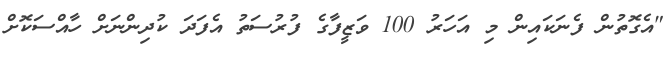
"އެގޮތުން ފެނަކައިން މި އަހަރު 100 ވަޒީފާގެ ފުރުސަތު އެފަދަ ކުދިންނަށް ހާއްސަކޮށް